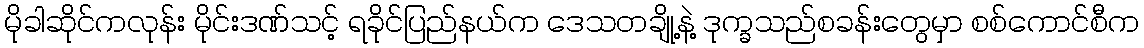
မိုခါဆိုင်ကလုန်း မိုင်းဒဏ်သင့် ရခိုင်ပြည်နယ်က ဒေသတချို့နဲ့ ဒုက္ခသည်စခန်းတွေမှာ စစ်ကောင်စီက